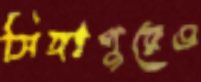
সিঙ্গাপুরেও